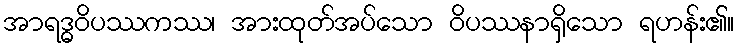
အာရဒ္ဓဝိပဿကဿ၊ အားထုတ်အပ်သော ဝိပဿနာရှိသော ရဟန်း၏။